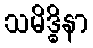
သမိဒ္ဓိနာ